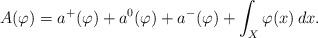
LaTeX: \begin{align*} A(\varphi)=a^+(\varphi)+a^0(\varphi)+a^-(\varphi)+\int_X\varphi(x)\,dx.\end{align*}